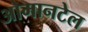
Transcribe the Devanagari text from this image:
ओमानटेल